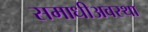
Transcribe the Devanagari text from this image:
समाधीअवस्था